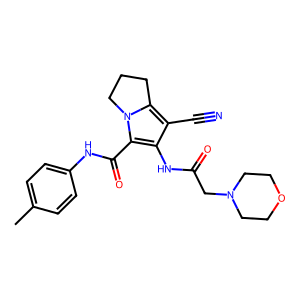
SMILES: Cc1ccc(NC(=O)c2c(NC(=O)CN3CCOCC3)c(C#N)c3n2CCC3)cc1
Inhibits HIV replication: No